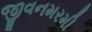
જીવનમરમી